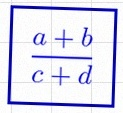
\frac{a+b}{c+d}